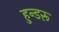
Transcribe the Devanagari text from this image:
हुन्डरू